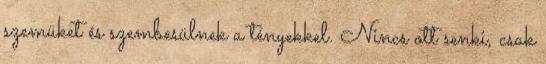
szemüket és szembesülnek a tényekkel. Nincs ott senki, csak